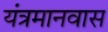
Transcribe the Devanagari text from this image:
यंत्रमानवास